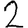
Digit: 2